Lunatic asylums Madras 1877-1891 - 1877-1891
Year: 1877
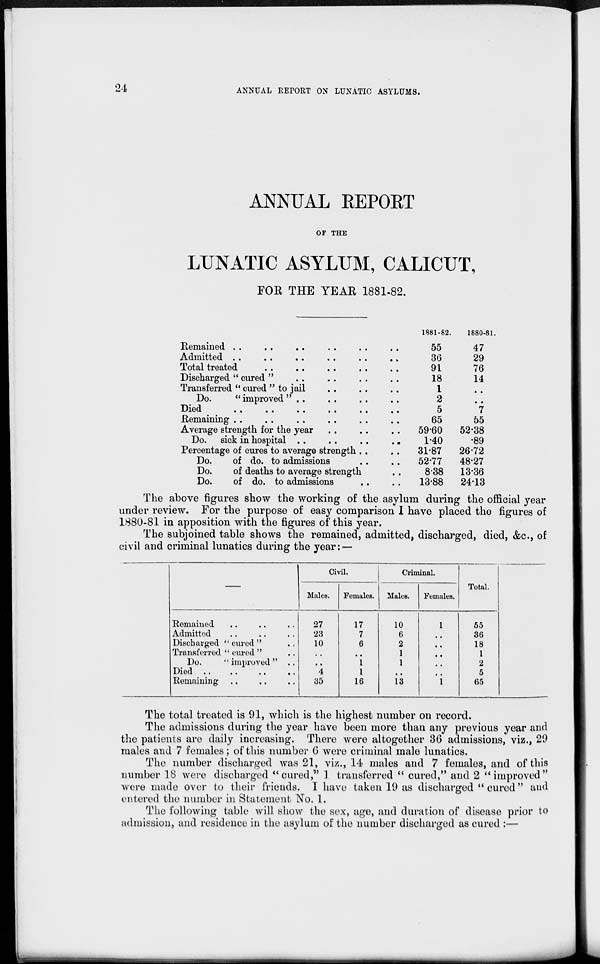
24
ANNUAL REPORT ON LUNATIC ASYLUMS.
ANNUAL REPORT
OF THE
LUNATIC ASYLUM, CALICUT,
FOR THE YEAR 1881-82.
Remained .. .. .. .. .. .. ..
Admitted .. .. .. .. .. .. ..
Total treated .. .. .. .. .. ..
Discharged " cured " .. .. .. ..
Transferred " cured " to jail .. .. ..
Do.
" improved " ..
Died
..
..
..
..
..
..
Remaining
..
..
..
..
..
Average strength for the year .. .. ..
Do.
sick in hospital . .
..
. .
..
Percentage of cures to average strength.. ..
Do.
of do. to admissions .. ..
Do.
of deaths to average strength ..
Do.
of do. to admissions .. ..
1881-82.
55
36
91
18
1
2
5
65
59.60
1.40
31.87
52.77
8.38
13.88
1880-81.
47
29
76
14
..
..
7
55
52.38
.89
26.72
48.27
13.36
24.13
The above figures show the working of the asylum during the official year
under review. For the purpose of easy comparison I have placed the figures of
1880-81 in apposition with the figures of this year.
The subjoined table shows the remained, admitted, discharged, died, &c., of
civil and criminal lunatics during the year: —
Remained .. .. ..
Admitted .. .. ..
Discharged " cured" ..
Transferred " cured " ..
Do. " improved "
Died .. .. .. ..
Remaining .. .. ..
Civil.
Males.
27
23
10
..
..
4
35
Females.
17
7
6
..
1
1
16
Criminal.
Males.
10
6
2
1
1
..
13
Females.
1
..
..
..
..
..
1
Total.
55
36
18
1
2
5
65
The total treated is 91, which is the highest number on record.
The admissions during the year have been more than any previous year and
the patients are daily increasing. There were altogether 36 admissions, viz., 29
males and 7 females; of this number 6 were criminal male lunatics.
The number discharged was 21, viz., 14 males and 7 females, and of this
number 18 were discharged " cured," 1 transferred " cured," and 2 "improved"
were made over to their friends. I have taken 19 as discharged " cured " and
entered the number in Statement No. 1.
The following table will show the sex, age, and duration of disease prior to
admission, and residence in the asylum of the number discharged as cured :—